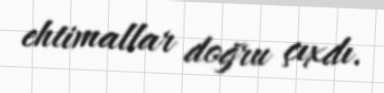
ehtimallar doğru çıxdı.